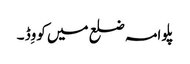
پلوامہ ضلع میں کووِڈ ۔